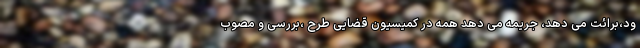
ود،برائت می دهد، جریمه می دهد همه در کمیسیون قضایی طرح ،بررسی و مصوب